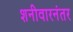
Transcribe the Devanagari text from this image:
शनीवारनंतर